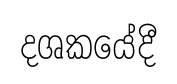
දශකයේදී